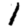
Digit: 1